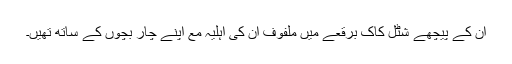
ان کے پیچھے شٹل کاک برقعے میں ملفوف ان کی اہلیہ مع اپنے چار بچوں کے ساتھ تھیں۔